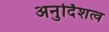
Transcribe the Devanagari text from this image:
अनुर्दिशत्व